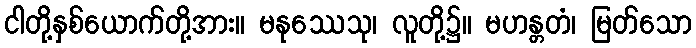
ငါတို့နှစ်ယောက်တို့အား။ မနုဿေသု၊ လူတို့၌။ မဟန္တတံ၊ မြတ်သော